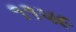
૧૧૫૯